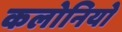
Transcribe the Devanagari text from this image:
कलोनियो